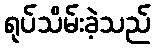
ရုပ်သိမ်းခဲ့သည်